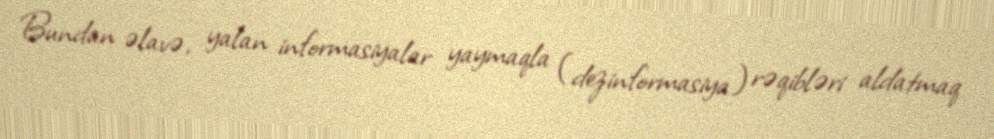
Bundan əlavə, yalan informasiyalar yaymaqla (dezinformasiya) rəqibləri aldatmaq